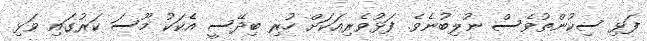
ފަޅި ސިކުންތުވެސް ނުލިބުނެވެ. ފަޅުވެރިއަކަށް ހުރި ބިދޭސީ އެކަކު މޫސަ ކަރުގައި ވަޅި